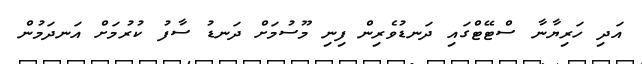
އަދި ހަރިޔާނާ ސްޓޭޓްގައި ދަނޑުވެރިން ފިނި މޫސުމަށް ދަނޑު ސާފު ކުރުމަށް އަނދަމުން